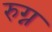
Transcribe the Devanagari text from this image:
रुग्न